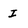
Character: I